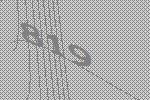
819